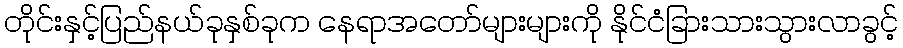
တိုင်းနှင့်ပြည်နယ်ခုနှစ်ခုက နေရာအတော်များများကို နိုင်ငံခြားသားသွားလာခွင့်